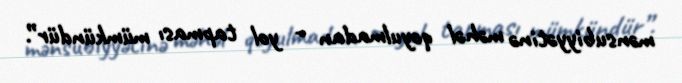
mənsubiyyətinə məhəl qoyulmadan - yol tapması mümkündür”.